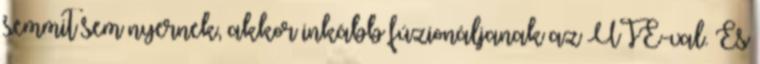
semmit sem nyernek, akkor inkább fúzionáljanak az UTE-val. És